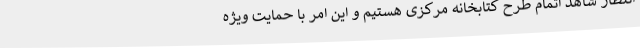
انتظار شاهد اتمام طرح کتابخانه مرکزی هستیم و این امر با حمایت ویژه